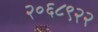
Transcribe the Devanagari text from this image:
२०६८९२२